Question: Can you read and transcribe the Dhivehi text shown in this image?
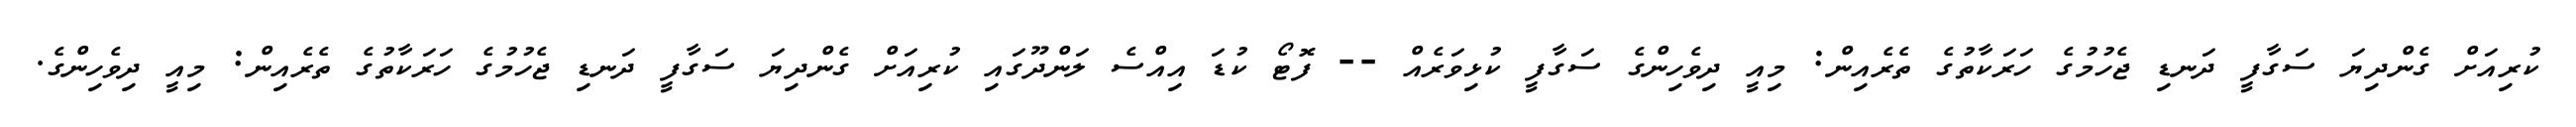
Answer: ކުރިއަށް ގެންދިޔަ ސަގާފީ ދަނޑި ޖެހުމުގެ ހަރަކާތުގެ ތެރެއިން: މިއީ ދިވެހިންގެ ސަގާފީ ކުޅިވަރެއް -- ފޮޓޯ ކުޑަ އިއްސެ ލަންދޫގައި ކުރިއަށް ގެންދިޔަ ސަގާފީ ދަނޑި ޖެހުމުގެ ހަރަކާތުގެ ތެރެއިން: މިއީ ދިވެހިންގެ.